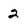
Character: 2